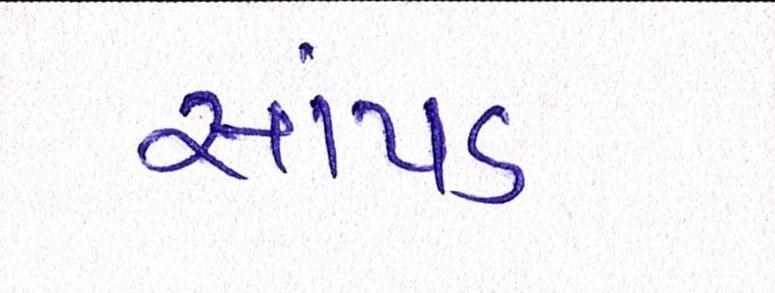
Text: સાંપડ